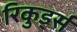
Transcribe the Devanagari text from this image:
रिकुर्ड्स